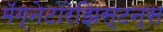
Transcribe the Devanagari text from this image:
मॅग्नेटोरेझिस्टन्स